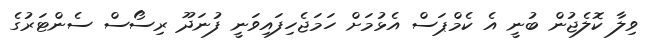
ވިލާ ކޮލެޖުން ބުނީ އެ ކެމްޕަސް އެޅުމަށް ހަމަޖެހިފައިވަނީ ފުނަދޫ ރިސޯސް ސެންޓަރުގެ